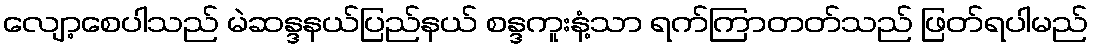
လျော့စေပါသည် မဲဆန္ဒနယ်ပြည်နယ် စန္ဒကူးနံ့သာ ရက်ကြာတတ်သည် ဖြတ်ရပါမည်